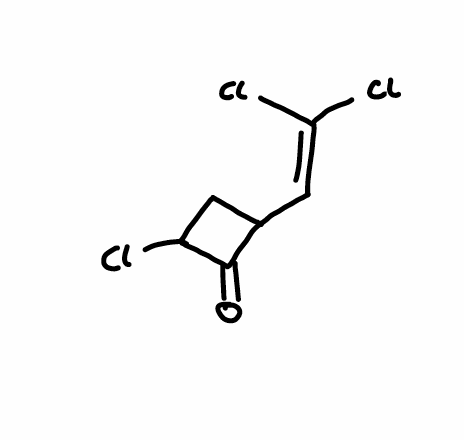
Simplified molecular-input line-entry system (SMILES) notation of the given molecule:
C1C(C(=O)C1Cl)C=C(Cl)Cl